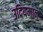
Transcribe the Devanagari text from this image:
उदियमान